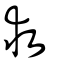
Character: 救